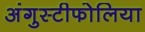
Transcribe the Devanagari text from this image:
अंगुस्टीफोलिया